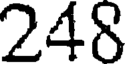
248